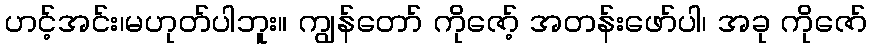
ဟင့်အင်း၊မဟုတ်ပါဘူး။ ကျွန်တော် ကိုဇော့် အတန်းဖော်ပါ၊ အခု ကိုဇော်